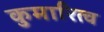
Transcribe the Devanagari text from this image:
कुमारित्व